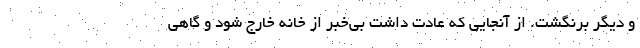
و دیگر برنگشت. از آنجایی که عادت داشت بی‌خبر از خانه خارج شود و گاهی